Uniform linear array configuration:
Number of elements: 16
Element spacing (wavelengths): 0.5
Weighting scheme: cosine
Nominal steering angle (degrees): -30
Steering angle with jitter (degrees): -29.791
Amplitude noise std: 0.05
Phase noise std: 0.05

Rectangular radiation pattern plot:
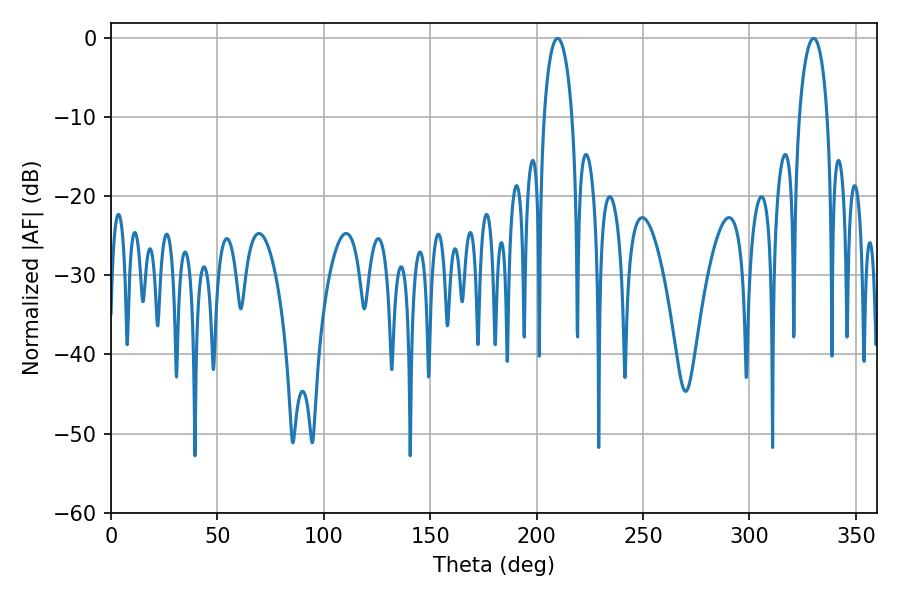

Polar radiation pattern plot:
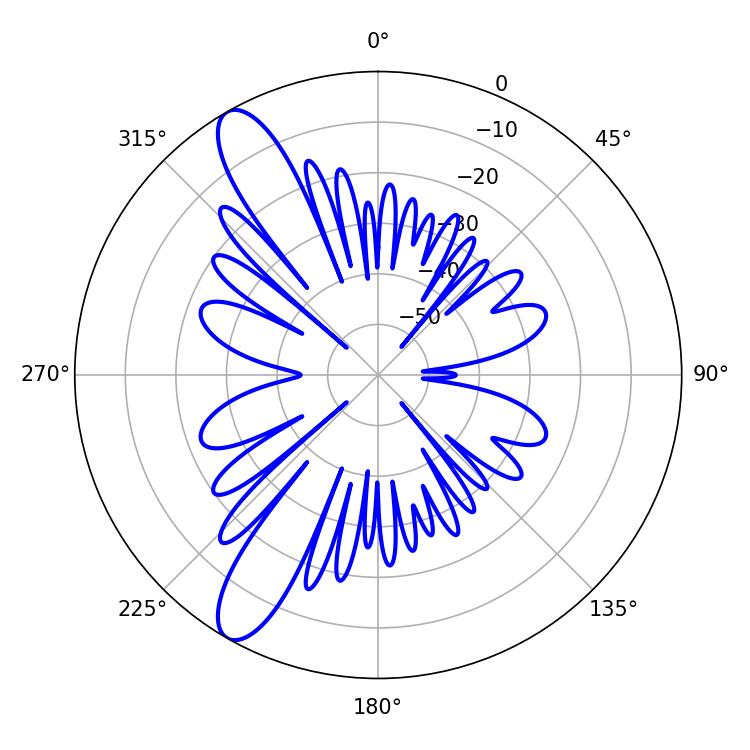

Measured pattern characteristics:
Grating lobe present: FALSE
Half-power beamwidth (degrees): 7.56
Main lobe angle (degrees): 209.88